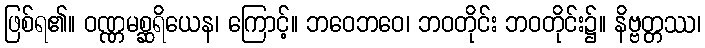
ဖြစ်ရ၏။ ဝဏ္ဏမစ္ဆရိယေန၊ ကြောင့်။ ဘဝေဘဝေ၊ ဘဝတိုင်း ဘဝတိုင်း၌။ နိဗ္ဗတ္တဿ၊